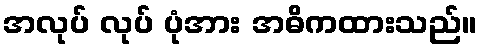
အလုပ် လုပ် ပုံအား အဓိကထားသည်။